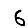
Digit: 6